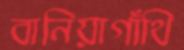
বানিয়াগাঁথি